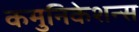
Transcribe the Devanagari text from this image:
कमुनिकेशन्स